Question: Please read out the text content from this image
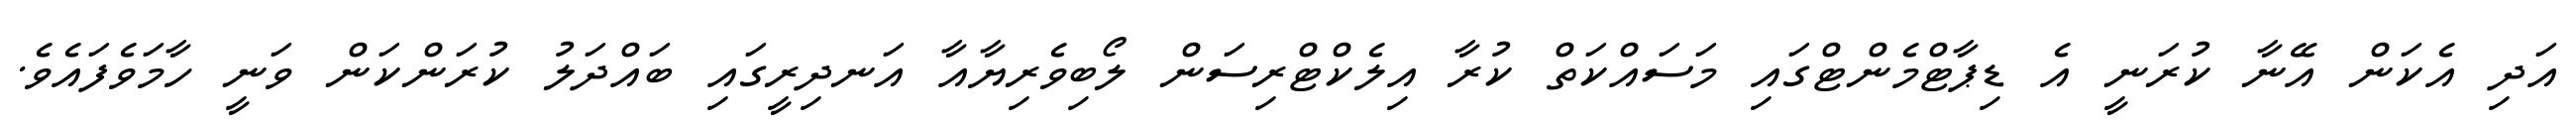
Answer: އަދި އެކަން އޭނާ ކުރަނީ އެ ޑިޕާޓްމެންޓްގައި މަސައްކަތް ކުރާ އިލެކްޓްރިސަން ލޯބިވެރިޔާއާ އަނދިރީގައި ބައްދަލު ކުރަންކަން ވަނީ ހާމަވެފައެވެ.